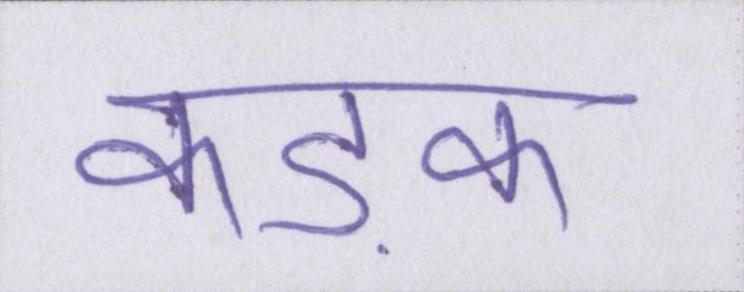
कड़क